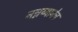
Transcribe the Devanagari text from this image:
नन्नय्यानेच